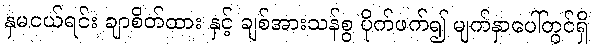
နှမငယ်ရင်း ချာစိတ်ထား နှင့် ချစ်အားသန်စွ ပိုက်ဖက်၍ မျက်နှာပေါ်တွင်ရှိ